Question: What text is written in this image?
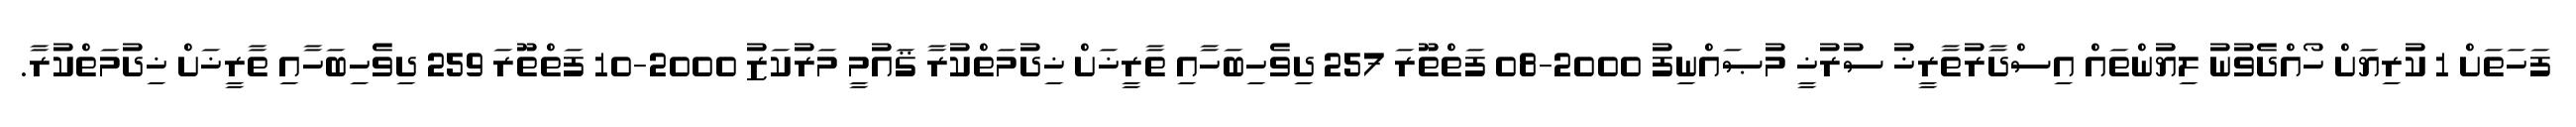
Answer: ފަހަތަށް 1 ކުރިޔަށް ހޯއްދެވުނު ލިޔުންތައް އިސްދާރުތާރީޚު ސުރުޚީ މުޞައްނިފު 2000-08 ފަތްތޫރަ 257 ދިވެހިބަހާއި ތާރީޚަށް ޚިދުމަތްކުރާ ޤައުމީ މަރުކަޒު 2000-10 ފަތްތޫރަ 259 ދިވެހިބަހާއި ތާރީޚަށް ޚިދުމަތްކުރާ.